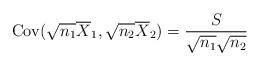
LaTeX: \begin{align*} \operatorname{Cov}( \sqrt{n_1} \overline{X}_1, \sqrt{n_2} \overline{X}_2 ) = \frac{S}{\sqrt{n_1} \sqrt{n_2}} \end{align*}